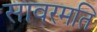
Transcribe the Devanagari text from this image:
सावरमति